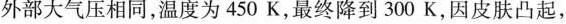
外部大气压相同，温度为450K，最终降到300K，因皮肤凸起，